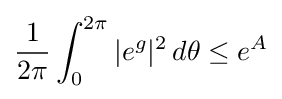
{1 \over 2\pi }\int _{0}^{2\pi }|e^{g}|^{2}\,d\theta \leq e^{A}